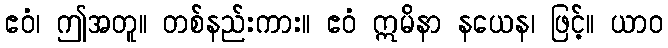
ဧဝံ၊ ဤအတူ။ တစ်နည်းကား။ ဧဝံ ဣမိနာ နယေန၊ ဖြင့်။ ယာဝ